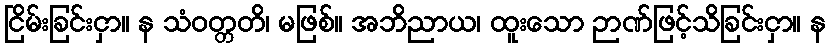
ငြိမ်းခြင်းငှာ။ န သံဝတ္တတိ၊ မဖြစ်။ အဘိညာယ၊ ထူးသော ဉာဏ်ဖြင့်သိခြင်းငှာ။ န